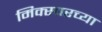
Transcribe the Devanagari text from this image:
मिक्स्चरच्या